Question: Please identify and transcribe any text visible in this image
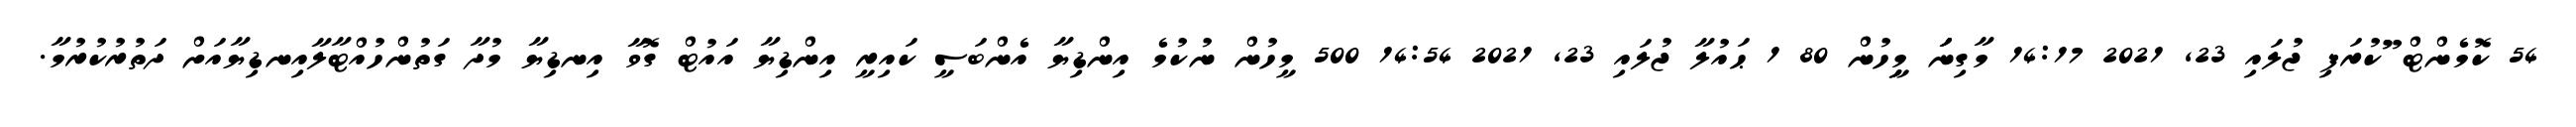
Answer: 54 ކޮމެންޓް ޫުކުރަފި ޖުލައި 23, 2021 14:17 މާގިނަަަ މިިީހުން 80 1 ޙައުލާ ޖުލައި 23, 2021 14:54 500 މީހުން ނުކުމެ އިންޑިޔާ އެންބަސީ ކައިރީ އިންޑިޔާ އައުޓް ގޮވާ އިނޑިޔާ މުދާ ގަތުންހުއްޓާލާއިނޑިޔާއަށް ދަތުރުކުރުމާ.